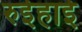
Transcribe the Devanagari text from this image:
रुईहाई